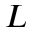
L